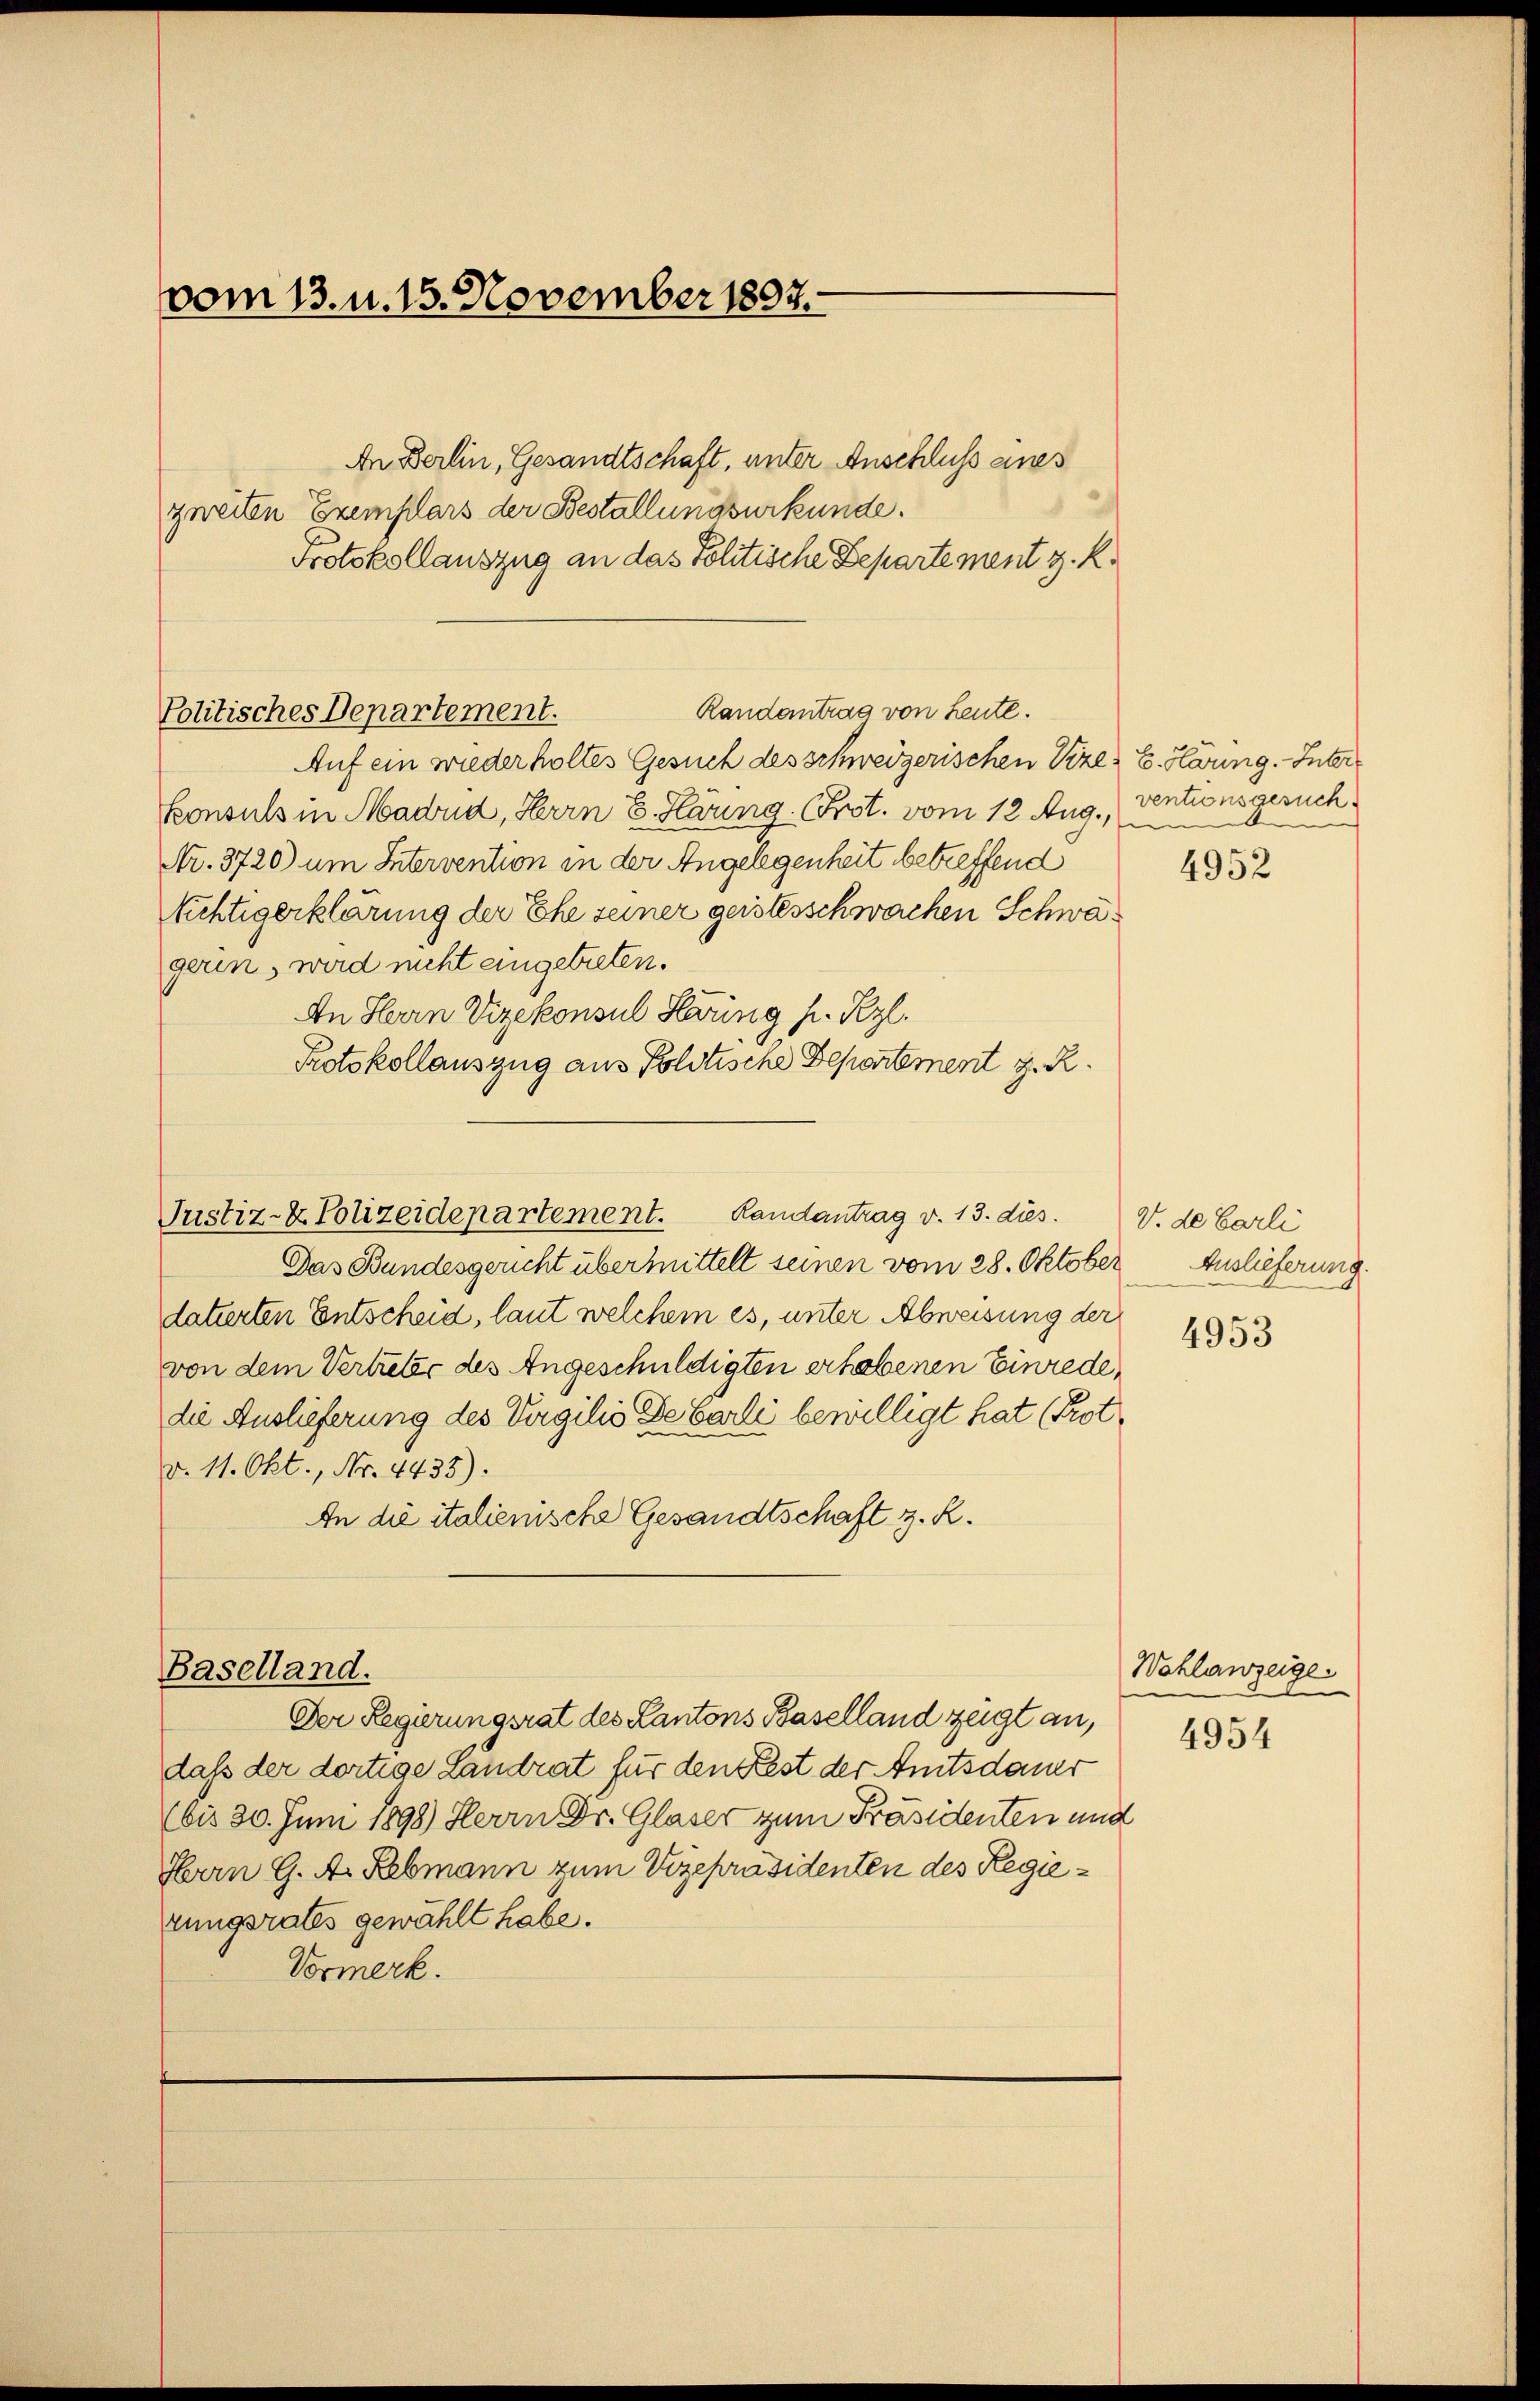
vom 13. u. 15. November 1897.

An Berlin, Gesandtschaft, unter Anschluss eines
zweiten Exemplars der Bestallungsurkunde.
Protokollauszug an das Politische Departement z. R.
Auf ein wiederholtes Gesuch des schweizerischen Vize- E. Harung. Inter
konsuls in Madud, Herrn E. Häring. (Prot. vom 12. Aug.,
Nr. 3720) um Intervention in der Angelegenheit betreffend
Richtigerklärung der Ehe seiner geistesschwachen Schwagerin, wird nicht angetreten.
An Herrn Vizekonsul Häring h. Rzl.
Protokollauszug aus Politische Departement z. R.

Politisches Departement.

Justiz- & Polizeidepartement. Landantrag v. 13. dies. V. de barli

Baselland.

Randantrag von Leute.

Das Bundesgericht übermittelt seinen vom 28. Oktober
datierten Entscheid, laut welchem es, unter Abweisung der
von dem Vertreter des Angeschuldigten erhobenen Einrede,
die Auslieferung des Virgilie Debarli bewilligt hat (Prot
d. 11. Okt., Nr. 4433).
An die italienische Gesandtschaft z. R.

ventionsgesuch

Der Regierungsrat des Kantons Baselland zeigt an,
dass der dortige Landrat für den Rest der Amtsdauer
(bis 30. Juni 1898) Herrn Dr. Glaser zum Präsidenten und
Herrn G. A. Rebmann zum Vizepräsidenten des Regierungsrates gewählt habe.
Vormerk.

4952

Auslieferung.

4953

Wohlanzeige.
4954